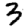
Digit: 3